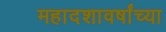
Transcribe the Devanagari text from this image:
महादशावर्षांच्या